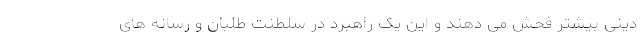
دینی بیشتر فحش می دهند و این یک راهبرد در سلطنت طلبان و رسانه های